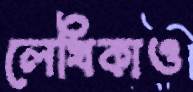
লেখিকাও